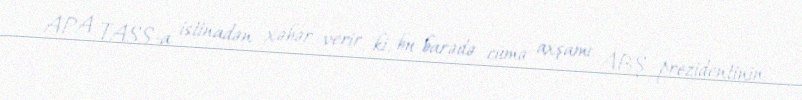
APA TASS-a istinadən xəbər verir ki, bu barədə cümə axşamı ABŞ prezidentinin